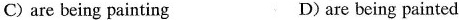
C)are being painting D)are being painted